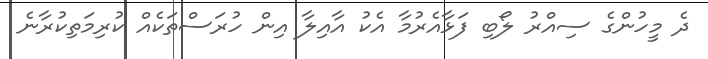
ދެ މީހުންގެ ސިއްރު ލޯބި ފަޅާއެރުމާ އެކު އާއިލާ އިން ހުރަސްތަކެއް ކުރިމަތިކުރާނެ